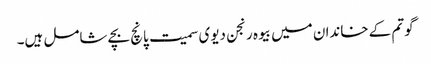
گوتم کے خاندان میں بیوہ رنجن دیوی سمیت پانچ بچے شامل ہیں۔